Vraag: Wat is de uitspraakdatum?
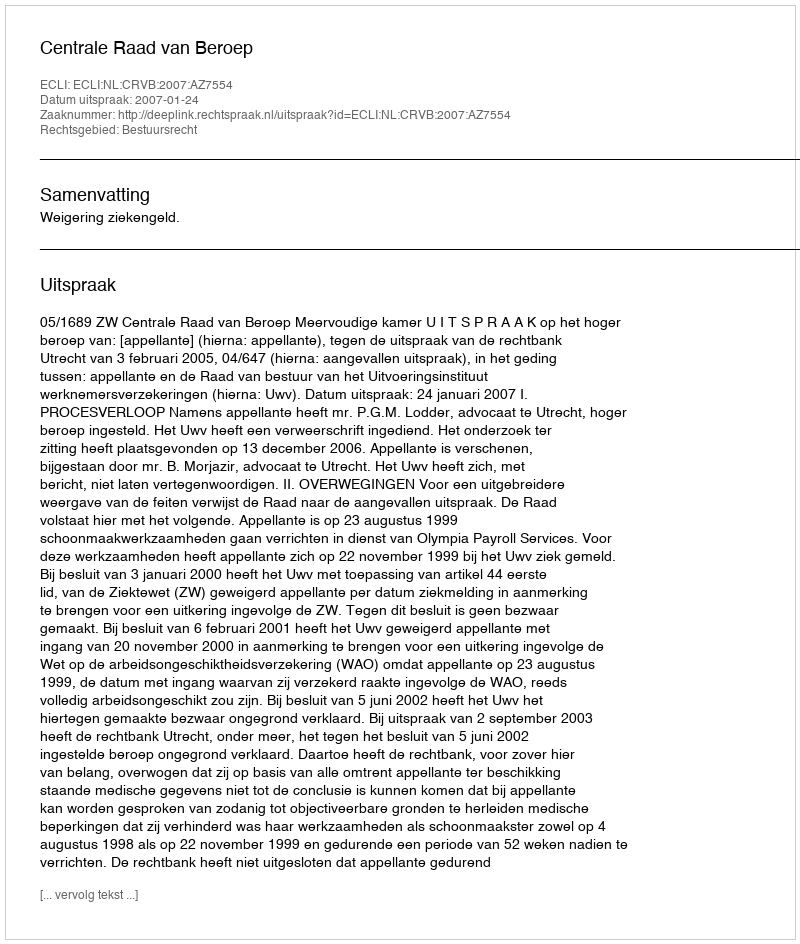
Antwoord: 2007-01-24